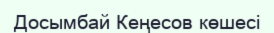
Досымбай Кеңесов көшесі